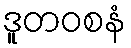
ဒူတဝစနံ